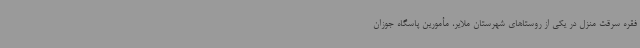
فقره سرقت منزل در یکی از روستاهای شهرستان ملایر، مأمورین پاسگاه جوزان